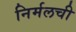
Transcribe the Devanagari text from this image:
निर्मलची